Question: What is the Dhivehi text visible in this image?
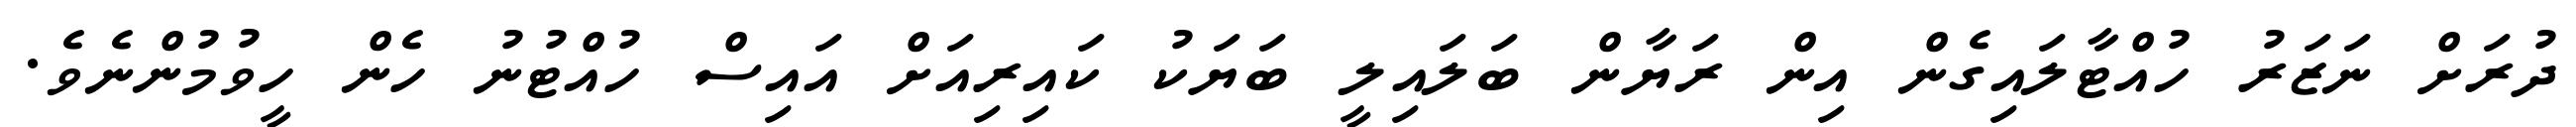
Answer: ދުރަށް ނަޒަރު ހުއްޓާލައިގެން އިން ރަޔާން ބަލައިލީ ބަޔަކު ކައިރިއަށް އައިސް ހުއްޓުނު ހެން ހީވުމުންނެވެ.